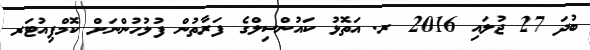
ބުދަ 27 ޖުލައި 2016 ރ. އަތޮޅު ކައުންސިލްގެ ފަރާތުން ފުލުހުންނަށް ކޮމްޕިއުޓަރ